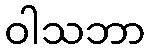
ဝါသဘာ